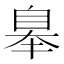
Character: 𦤑